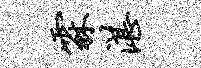
霖湛